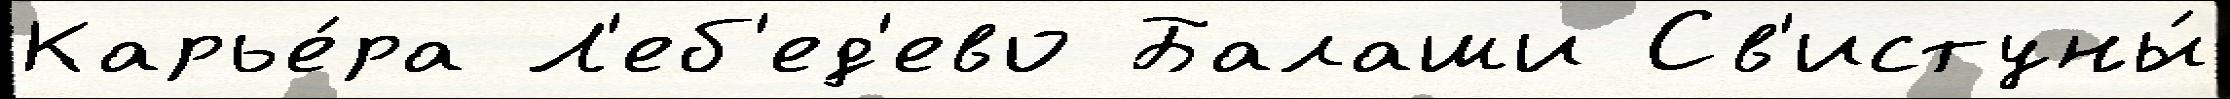
Карье́ра Л'еб'ед'ево Балаши Св'истуны́